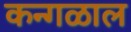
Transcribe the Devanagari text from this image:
कन्गळाल